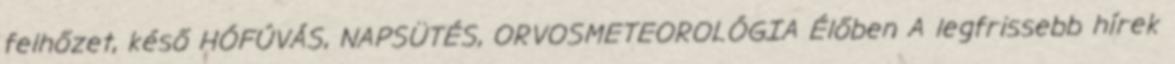
felhőzet, késő HÓFÚVÁS, NAPSÜTÉS, ORVOSMETEOROLÓGIA Élőben A legfrissebb hírek